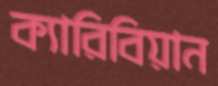
ক্যারিবিয়ান